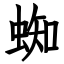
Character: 蜘